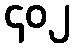
၄၀၂